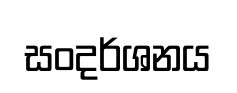
සංදර්ශනය